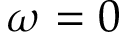
\omega = 0